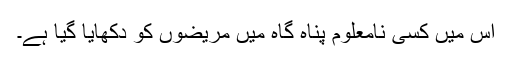
اس میں کسی نامعلوم پناہ گاہ میں مریضوں کو دکھایا گیا ہے۔